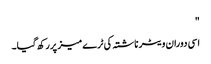
"
اسی دوران ویٹر ناشتہ کی ٹرے میز پر رکھ گیا۔